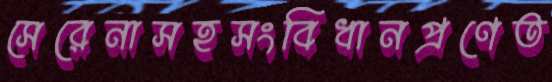
সেরেনাসহসংবিধানপ্রণেত